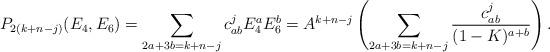
LaTeX: \begin{align*} P_{2(k + n-j)}(E_4,E_6) = \sum_{2a+3b = k+n-j}c_{ab}^j E_4^aE_6^b = A^{k+n-j}\left(\sum_{2a+3b = k+n-j}\frac{c_{ab}^j}{(1-K)^{a+b}}\right).\end{align*}